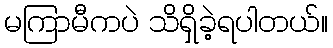
မကြာမီကပဲ သိရှိခဲ့ရပါတယ်။